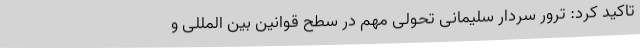
تاکید کرد: ترور سردار سلیمانی تحولی مهم در سطح قوانین بین المللی و